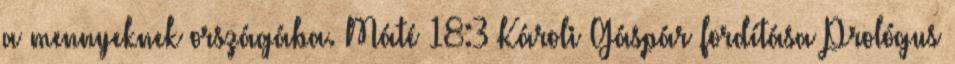
a mennyeknek országába. Máté 18:3 Károli Gáspár fordítása Prológus